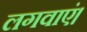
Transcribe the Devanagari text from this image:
लगवाएं।